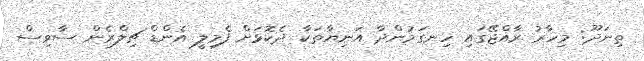
ތިނަދޫ: މިހާރު ރާއްޖޭގައި ހިނގަމުންދާ އަނިޔާތަކާ ދެކޮޅަށް ފެމިލީ އެންޑް ޗިލްރެން ސާވިސް